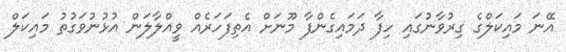
އޭނަ މައިކަލްގެ ގިރުވާނުގައި ހިފާ ދަމައިގެންފާ މޫނަށް އެތިފަހަރެއް ވީއްލާލަން އުޅުނުވަގުތު މައިކަލް